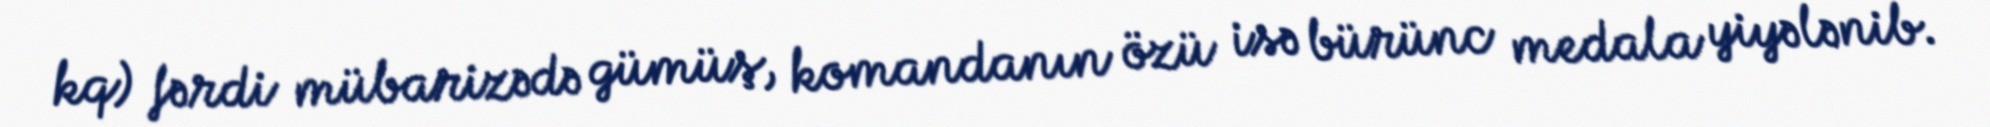
kq) fərdi mübarizədə gümüş, komandanın özü isə bürünc medala yiyələnib.